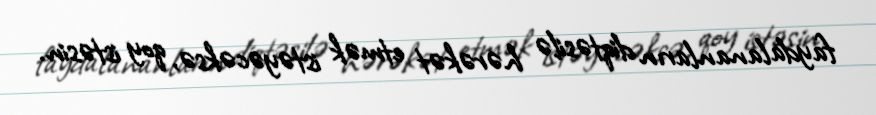
faydalananların diqtəsilə hərəkət etmək istəyəcəksə, qoy istəsin.